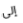
إلى